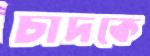
চাদকে